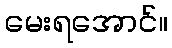
မေးရအောင်။